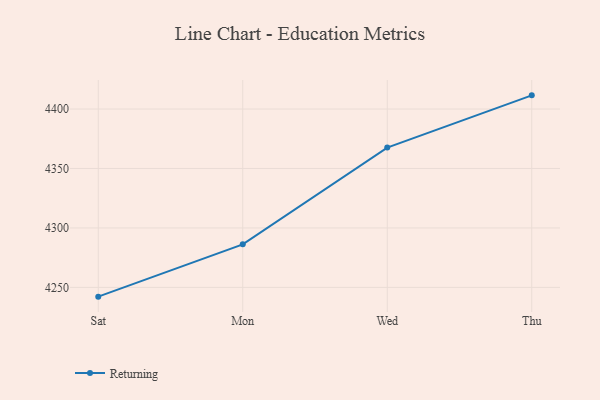
{"axis": {"x": "Day", "y": "Net Income (USD K)"}, "legend": ["Returning"], "data": [{"x": "Sat", "y": 4242.2, "type": "Returning"}, {"x": "Mon", "y": 4286.2, "type": "Returning"}, {"x": "Wed", "y": 4367.6, "type": "Returning"}, {"x": "Thu", "y": 4411.5, "type": "Returning"}]}